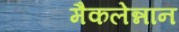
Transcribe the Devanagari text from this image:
मैकलेन्नान